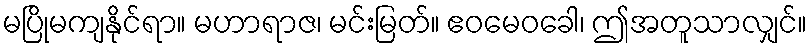
မပြိုမကျနိုင်ရာ။ မဟာရာဇ၊ မင်းမြတ်။ ဧဝမေဝခေါ၊ ဤအတူသာလျှင်။